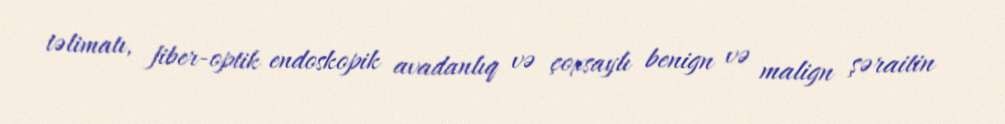
təlimatı, fiber-optik endoskopik avadanlıq və çoxsaylı benign və malign şəraitin